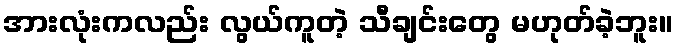
အားလုံးကလည်း လွယ်ကူတဲ့ သီချင်းတွေ မဟုတ်ခဲ့ဘူး။